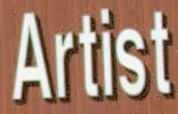
Artist